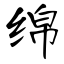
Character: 绵